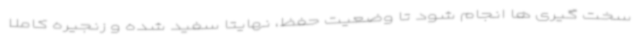
سخت گیری ها انجام شود تا وضعیت حفظ، نهایتا سفید شده و زنجیره کاملا